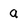
Character: a